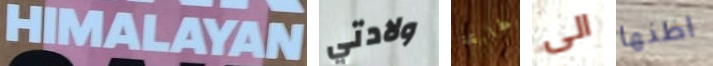
HIMALAYAN ولادتي مطابقة الى اظنها